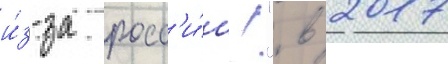
и́з-за росс'и́и!". в 2017